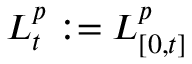
L _ { t } ^ { p } : = L _ { [ 0 , t ] } ^ { p }